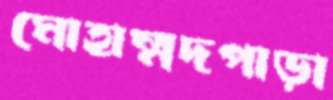
মোহাম্মদপাড়া